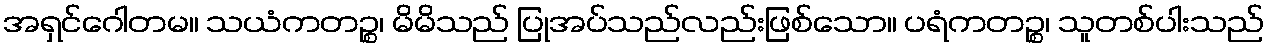
အရှင်ဂေါတမ။ သယံကတဉ္စ၊ မိမိသည် ပြုအပ်သည်လည်းဖြစ်သော။ ပရံကတဉ္စ၊ သူတစ်ပါးသည်